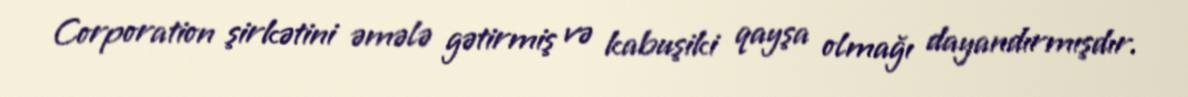
Corporation şirkətini əmələ gətirmiş və kabuşiki qayşa olmağı dayandırmışdır.